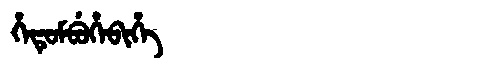
Manchu: ᡥᡝᡨᡠᠮᠪᡠᡥᡝᠪᡳᡥᡝ
Romanization: HETUMBUHEBIHE